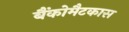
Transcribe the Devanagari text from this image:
बैंकोमैटकास